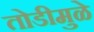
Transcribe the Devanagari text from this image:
तोडीमुळे